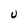
Character: U